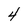
Character: 4